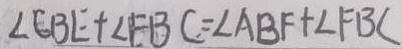
\angle E B E + \angle E B C = \angle A B F + \angle F B C